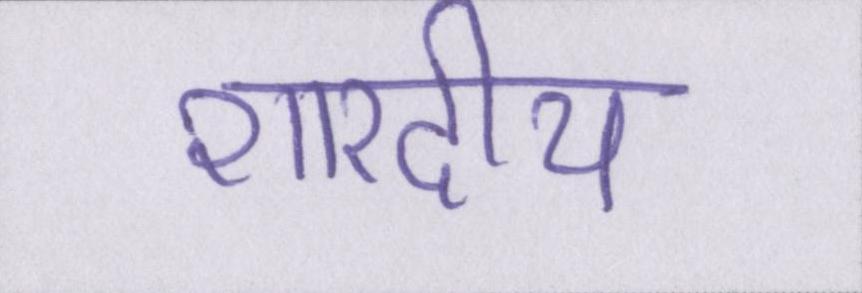
शारदीय